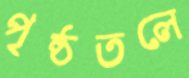
পৃষ্ঠতলে